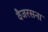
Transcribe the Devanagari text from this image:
वैजरसना